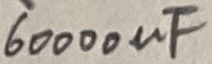
Text: 60000µF